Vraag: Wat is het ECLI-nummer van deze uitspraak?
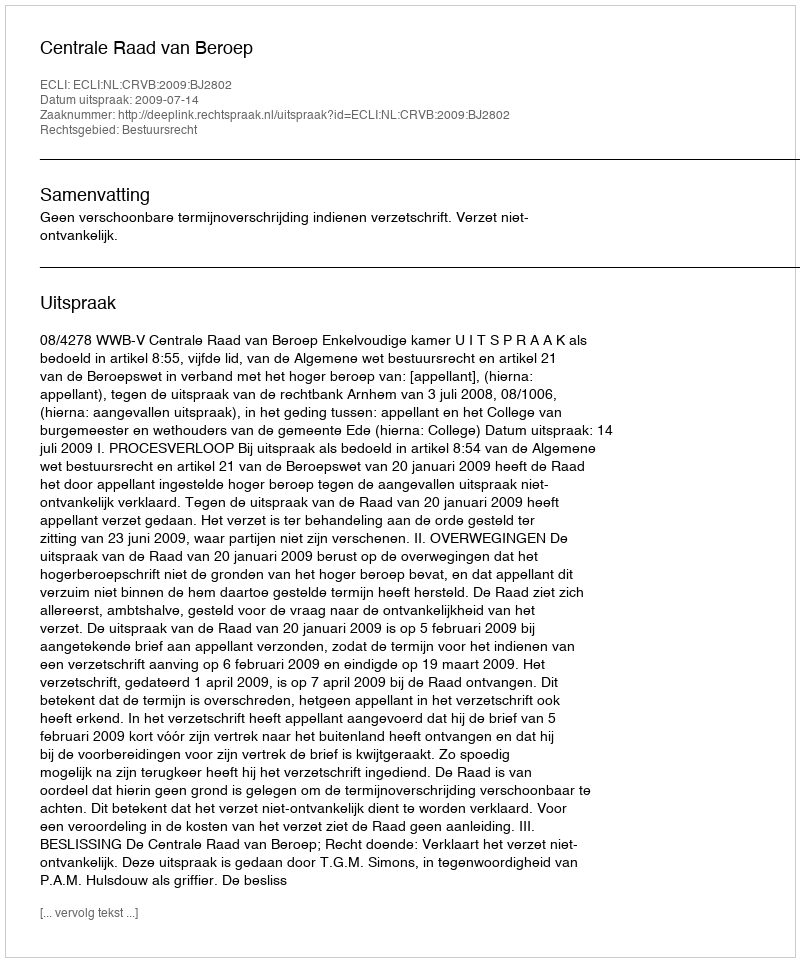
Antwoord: ECLI:NL:CRVB:2009:BJ2802